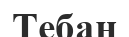
Тебан